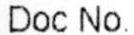
DOC NO.